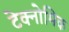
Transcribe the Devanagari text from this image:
टेक्नोमिक